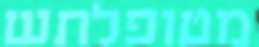
מטופלתש